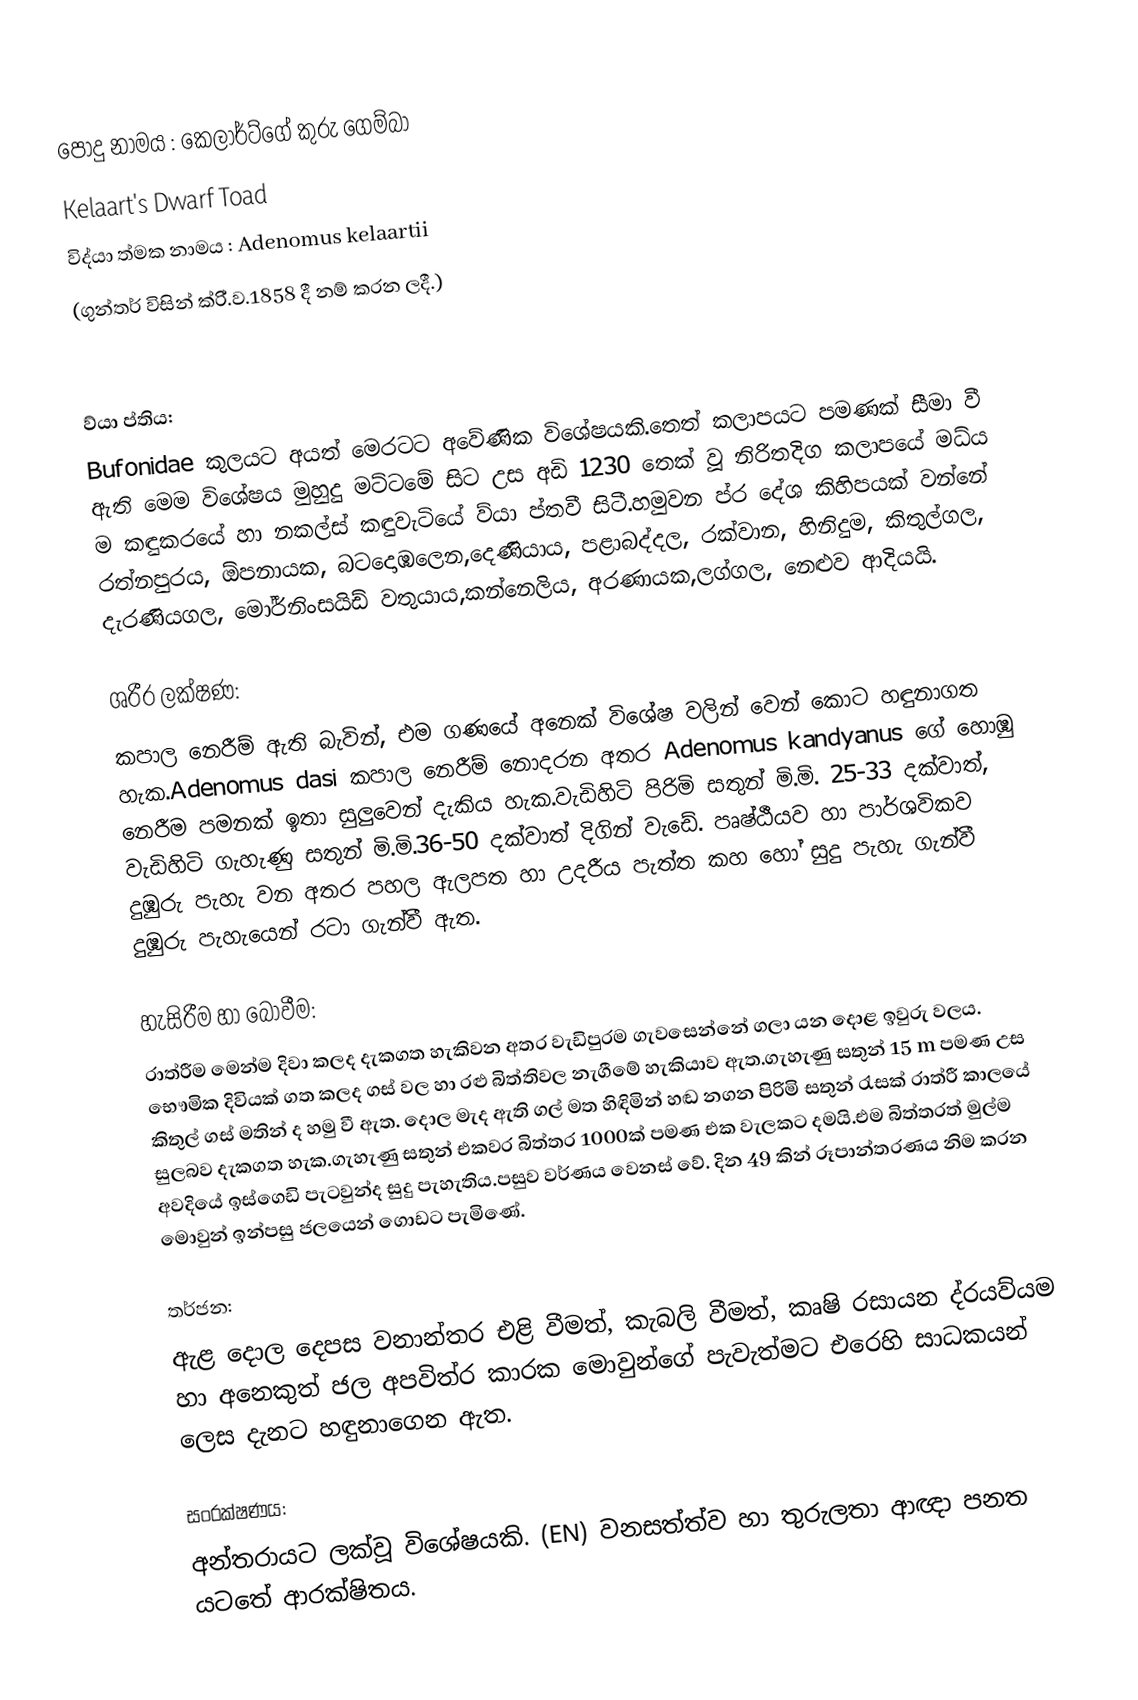
පොදු නාමය          : කෙලාර්ට්ගේ කුරු ගෙම්බා
                                 Kelaart's Dwarf Toad
විද්යා ත්මක නාමය : Adenomus kelaartii
(ගුන්තර් විසින් ක්රි්.ව.1858 දී නම් කරන ලදී.)

ව්යා ප්තිය:
Bufonidae කුලයට අයත් මෙරටට අවේණික විශේෂයකි.තෙත් කලාපයට පමණක් සීමා වී ඇති මෙම විශේෂය මුහුදු මට්ටමේ සිට උස අඩි 1230 තෙක් වූ නිරිතදිග කලාපයේ මධ්ය ම කඳුකරයේ හා නකල්ස් කඳුවැටියේ ව්යා ප්තවී සිටී.හමුවන ප්ර දේශ කිහිපයක් වන්නේ රත්නපුරය, ඕපනායක, බටදොඹලෙන,දෙණියාය, පළාබද්දල, රක්වාන, හිනිදුම, කිතුල්ගල, දැරණියගල, මෝර්නිංසයිඩ් වතුයාය,කන්නෙලිය, අරණායක,ලග්ගල, නෙළුව ආදියයි.

ශරීර ලක්ෂණ:
කපාල නෙරීම් ඇති බැවින්, එම ගණයේ අනෙක් විශේෂ වලින් වෙන් කොට හඳුනාගත හැක.Adenomus dasi කපාල නෙරීම් නොදරන අතර Adenomus kandyanus ගේ හොඹු නෙරීම පමනක් ඉතා සුලුවෙන් දැකිය හැක.වැඩිහිටි පිරිමි සතුන් මි.මි. 25-33 දක්වාත්, වැඩිහිටි ගැහැණු සතුන් මි.මි.36-50 දක්වාත් දිගින් වැඩේ. පෘෂ්ඨීයව හා පාර්ශවිකව දුඹුරු පැහැ වන අතර පහල ඇලපත හා උදරීය පැත්ත කහ හෝ සුදු පැහැ ගැන්වී දුඹුරු පැහැයෙන් රටා ගැන්වී ඇත.

හැසිරීම හා බෝවීම:
රාත්රීම මෙන්ම දිවා කලද දැකගත හැකිවන අතර වැඩිපුරම ගැවසෙන්නේ ගලා යන දොළ ඉවුරු වලය. භෞමික දිවියක් ගත කලද ගස් වල හා රළු බිත්තිවල නැගීමේ හැකියාව ඇත.ගැහැණු සතුන් 15 m  පමණ උස කිතුල් ගස් මතින් ද හමු වී ඇත. දොල මැද ඇති ගල් මත හිඳිමින් හඬ නගන පිරිමි සතුන් රැසක් රාත්රී  කාලයේ සුලබව දැකගත හැක.ගැහැණු සතුන් එකවර බිත්තර 1000ක් පමණ එක වැලකට දමයි.එම බිත්තරත් මුල්ම අවදියේ ඉස්ගෙඩි පැටවුන්ද සුදු පැහැතිය.පසුව වර්ණය වෙනස් වේ. දින 49 කින් රූපාන්තරණය නිම කරන මොවුන් ඉන්පසු ජලයෙන් ගොඩට පැමිණේ.

තර්ජන:
ඇළ දොල දෙපස වනාන්තර එළි වීමත්, කැබලි වීමත්, කෘෂි රසායන ද්රයව්යම හා අනෙකුත් ජල අපවිත්ර  කාරක මොවුන්ගේ පැවැත්මට එරෙහි සාධකයන් ලෙස දැනට හඳුනාගෙන ඇත.

සංරක්ෂණය:
අන්තරායට ලක්වූ විශේෂයකි. (EN) වනසත්ත්ව හා තුරුලතා ආඥා පනත යටතේ ආරක්ෂිතය.